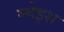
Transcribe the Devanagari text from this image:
म्चेइश